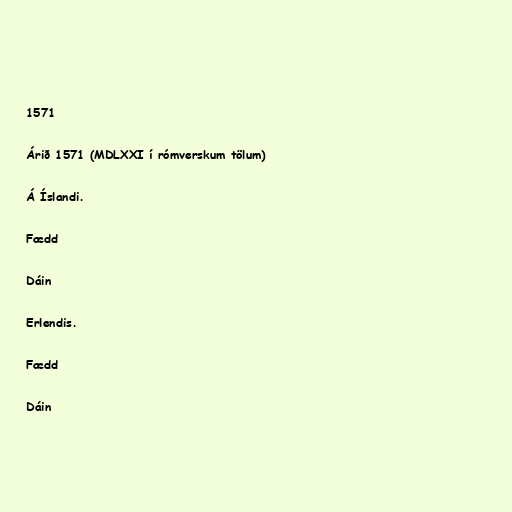
1571

Árið 1571 (MDLXXI í rómverskum tölum)

Á Íslandi.

Fædd

Dáin

Erlendis.

Fædd

Dáin